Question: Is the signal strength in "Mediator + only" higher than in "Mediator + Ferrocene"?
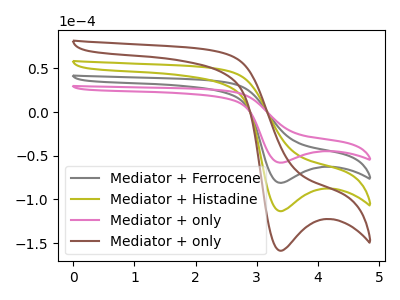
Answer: <think>The gray curve "Mediator + Ferrocene" has a cathodic peak at: (3.40V, -81.20uA). The olive curve "Mediator + Histadine" has a cathodic peak at: (3.40V, -162.35uA). The pink curve "Mediator + only" has a cathodic peak at: (3.40V, -58.05uA). The brown curve "Mediator + only" has a cathodic peak at: (3.40V, -243.55uA).
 All the peaks in "Mediator + only" have a peak in "Mediator + Ferrocene" at the same potential. Every peak in "Mediator + only" is lower than every peak in "Mediator + Ferrocene".</think>
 <answer>"Mediator + only" has less signal than "Mediator + Ferrocene".</answer>
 <eval>less_signal</eval>